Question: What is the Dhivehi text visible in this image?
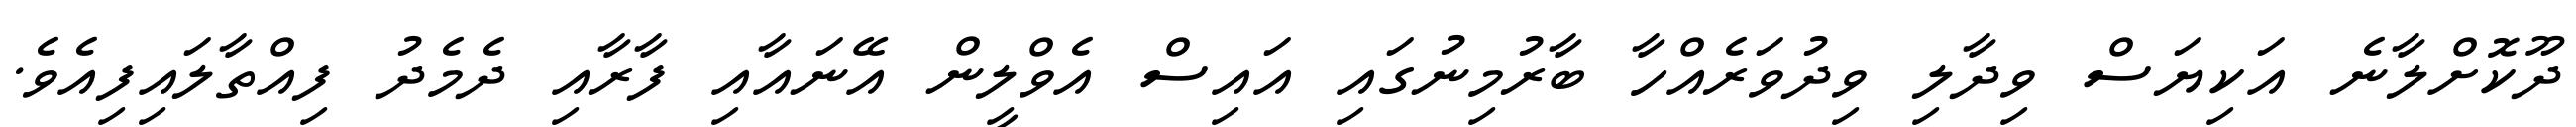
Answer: ދޫކޮށްލާނެ އަކިޔަސް ވިދާލި ވިދުވަރެއްހާ ބާރުމިނުގައި އައިސް އެވްލީން އޭނައާއި ފާރާއި ދެމެދު ފިއްތާލައިފިއެވެ.